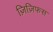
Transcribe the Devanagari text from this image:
ज़िज़िफस